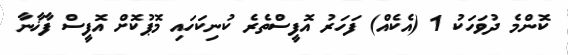
ކޮންމެ ދުވަހަކު 1 (އެކެއް) ފަހަރު އޮފީސްތެރެ ކުނިކަހައި މޮޕުކޮށް އޮފީސް ފާޚާނާ